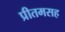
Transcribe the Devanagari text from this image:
प्रीतमसह